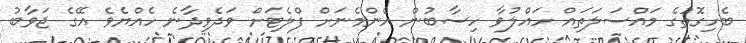
ބެހިގޮތުގެ މައްސަލަތައް ހައްލުވާ ހިސާބުން އެންމެނަށް ފްލެޓަށް ވަދެވިދާނެ ހެއްޔެވެ އޭގެ ޖަވާބު